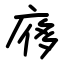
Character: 㢋